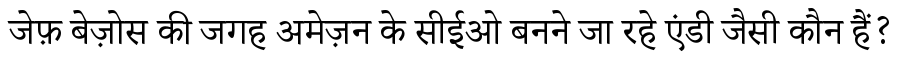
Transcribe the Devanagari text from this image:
जेफ़ बेज़ोस की जगह अमेज़न के सीईओ बनने जा रहे एंडी जैसी कौन हैं?